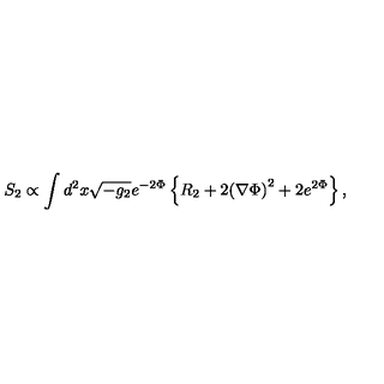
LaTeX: S _ { 2 } \propto \int d ^ { 2 } x \sqrt { - g _ { 2 } } e ^ { - 2 \Phi } \left\{ R _ { 2 } + 2 { \left( \nabla \Phi \right) } ^ { 2 } + 2 e ^ { 2 \Phi } \right\} ,